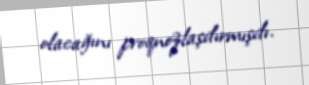
olacağını proqnozlaşdırmışdı.